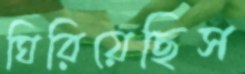
ঘিরিয়েছিস